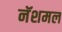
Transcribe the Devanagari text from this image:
नॅशमल